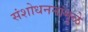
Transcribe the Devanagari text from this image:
संशोधननांमुळे